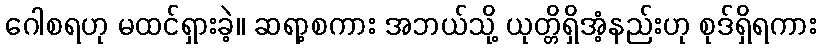
ဂေါစရဟု မထင်ရှားခဲ့။ ဆရာ့စကား အဘယ်သို့ ယုတ္တိရှိအံ့နည်းဟု စုဒ်ရှိရကား